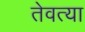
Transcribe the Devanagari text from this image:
तेवत्या